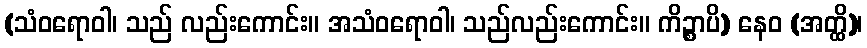
(သံဝရောဝါ၊ သည် လည်းကောင်း။ အသံဝရောဝါ၊ သည်လည်းကောင်း။ ကိဉ္စာပိ) နေဝ (အတ္ထိ)၊